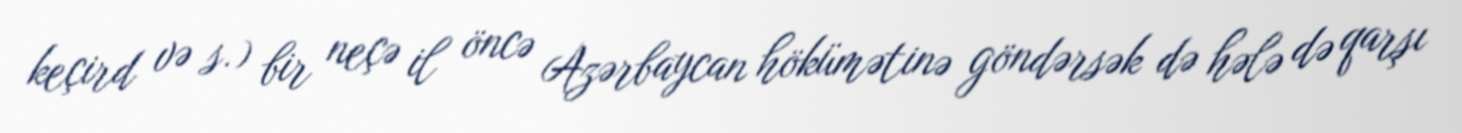
keçird və s.) bir neçə il öncə Azərbaycan hökümətinə göndərsək də hələ də qarşı